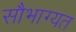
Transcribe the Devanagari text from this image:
सौभाग्यत